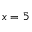
x = 5